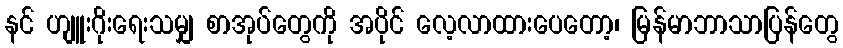
နင် ဟျူးဂိုးရေးသမျှ စာအုပ်တွေကို အပိုင် လေ့လာထားပေတော့၊ မြန်မာဘာသာပြန်တွေ